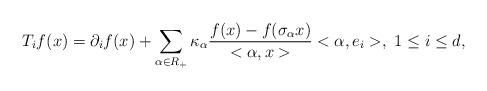
LaTeX: \begin{align*}T_{i}f(x)=\partial_{i}f(x)+\sum_{\alpha\in R_{+}}\kappa_{\alpha}\frac{f(x)-f(\sigma_{\alpha}x)}{<\alpha,x>}<\alpha,e_{i}>,\,\,1\leq i\leq d,\end{align*}